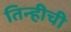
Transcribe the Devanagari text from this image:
तिन्हीची